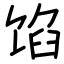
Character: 馅